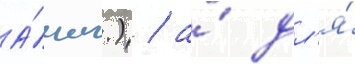
А́нгл.) / а́ дл'я́